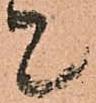
て